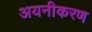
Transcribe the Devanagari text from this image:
अयनीकरण